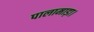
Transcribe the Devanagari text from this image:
पालामाड़ा।